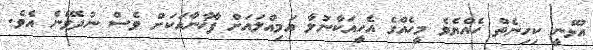
އުޅޭނީ ކިހިނެތް ހެއްޔެވެ މީހެއްގެ އެހީއަކާނުލާ އަމިއްލައަށް ފާޚާނާއަކަށް ވެސް ނުދެވޭނެ އެވެ.